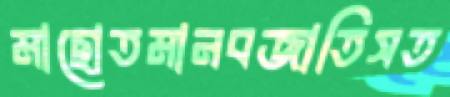
মাছোতমানবজাতিসত